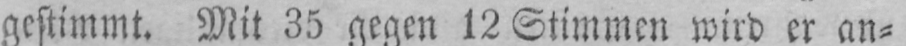
gestimmt. Mit 35 gegen 12 Stimmen wird er an⸗